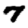
Digit: 7